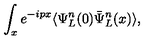
\int _ { x } e ^ { - i p x } \langle \Psi _ { L } ^ { n } ( 0 ) \bar { \Psi } _ { L } ^ { n } ( x ) \rangle ,